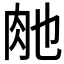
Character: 𮌊